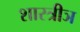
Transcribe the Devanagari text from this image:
शास्त्रीञ